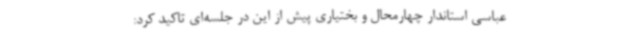
عباسی استاندار چهارمحال و بختیاری پیش از این در جلسه‌ای تاکید کرد: